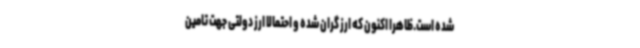
شده است.ظاهرا اکنون که ارز گران شده و احتمالا ارز دولتی جهت تامین